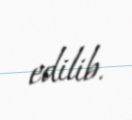
edilib.